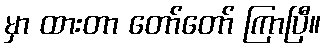
မှာ ထားတာ တော်တော် ကြာပြီ။